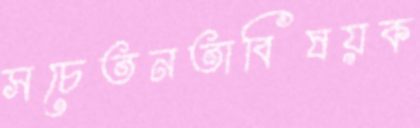
সচেতনতাবিষয়ক